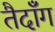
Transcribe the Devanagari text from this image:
तैदॉँग